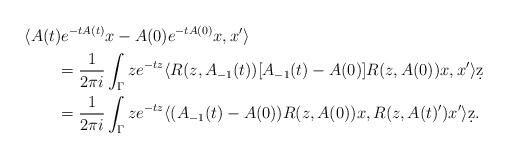
LaTeX: \begin{align*}\MoveEqLeft \langle A(t)e^{-tA(t)}x - A(0)e^{-tA(0)}x, x' \rangle \\& = \frac{1}{2\pi i} \int_{\Gamma} ze^{-tz} \langle R(z,A_{-1}(t)) [A_{-1}(t) - A(0)] R(z,A(0))x, x' \rangle \d z \\& = \frac{1}{2\pi i} \int_{\Gamma} ze^{-tz} \langle (A_{-1}(t) - A(0)) R(z,A(0))x, R(z,A(t)')x' \rangle \d z.\end{align*}